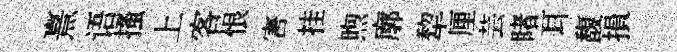
熹语搔上客恨害挂煦廓犂厘芸睹耳馥損